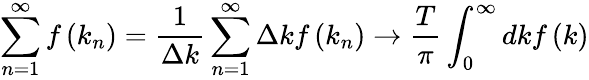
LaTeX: \sum_{n=1}^{\infty}f\left(k_{n}\right)=\frac{1}{\Delta k}\sum_{n=1}^{\infty}\Delta kf\left(k_{n}\right)\rightarrow\frac{T}{\pi}\int_{0}^{\infty}dkf\left(k\right)